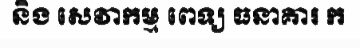
និង សេវាកម្ម ពេទ្យ ធនាគារ ក